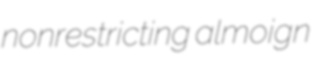
nonrestricting almoign